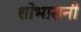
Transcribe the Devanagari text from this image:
शोभारानी